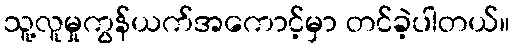
သူ့လူမှုကွန်ယက်အကောင့်မှာ တင်ခဲ့ပါတယ်။